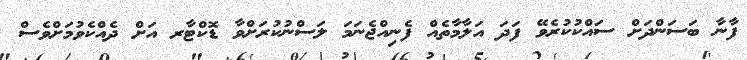
ފާނާ ބަސަންދަށް ސައްކުކުރެވޭ ފަދަ އަލާމާތެއް ފެނިއްޖެނަމަ ލަސްނުކުރަށްވާ ޑޮކްޓާރ އަށް ދެއްކެވުމަށްވެސް